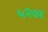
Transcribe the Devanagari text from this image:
५२७४